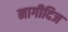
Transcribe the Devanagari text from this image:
नागीदिज